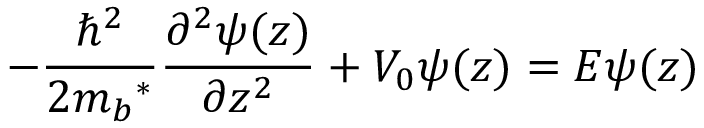
- { \frac { \hbar ^ { 2 } } { 2 m { _ { b } } ^ { * } } } { \frac { \partial ^ { 2 } \psi ( z ) } { \partial z ^ { 2 } } } + V _ { 0 } \psi ( z ) = E \psi ( z )